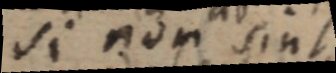
si non sint